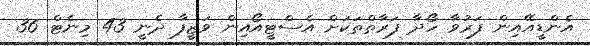
އެންޑީއޭއިން ފަރުވާ ހޯދާ ފަރާތްތަކަށް އެސްޓީއޯއިން ވަޒީފާ ދެނީ 43 މިނެޓް 36